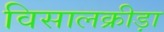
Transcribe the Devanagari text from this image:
विसालक्रीड़ा